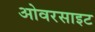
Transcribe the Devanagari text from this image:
ओवरसाइट